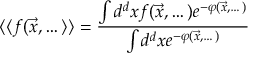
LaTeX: \langle \langle f ( { \vec { x } } , \dots \rangle \rangle = \frac { \int d ^ { d } x f ( { \vec { x } } , \dots ) e ^ { - \varphi ( { \vec { x } } , \dots ) } } { \int d ^ { d } x e ^ { - \varphi ( { \vec { x } } , \dots ) } }